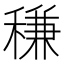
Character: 稴